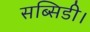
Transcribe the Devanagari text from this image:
सब्सिडी।